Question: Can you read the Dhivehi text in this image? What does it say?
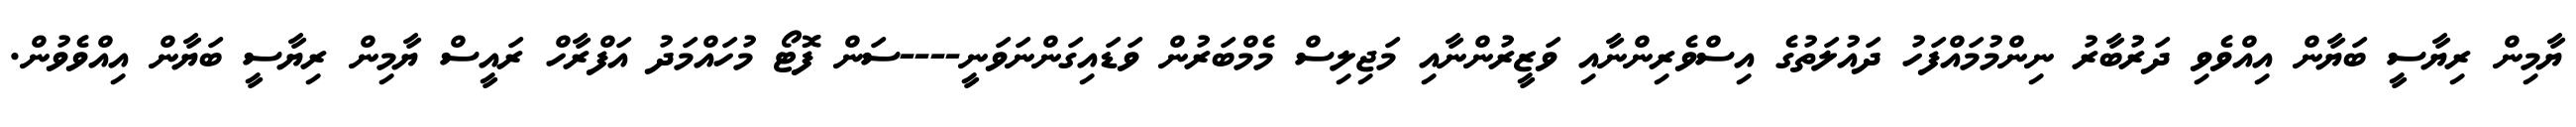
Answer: ޔާމިން ރިޔާސީ ބަޔާން އިއްވެވި ދަރުބާރު ނިންމުމައްފަހު ދައުލަތުގެ އިސްވެރިންނާއި ވަޒީރުންނާއި މަޖިލިސް މެމްބަރުން ވަޑައިގަންނަވަނީ----ސަން ފޮޓޯ މުހައްމަދު އަފްރާހް ރައީސް ޔާމިން ރިޔާސީ ބަޔާން އިއްވެވުން.